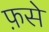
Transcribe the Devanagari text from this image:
फ़से